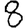
Digit: 8